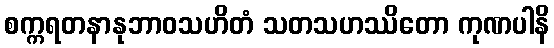
စက္ကရတနာနုဘာဝသဟိတံ သတသဟဿိတော ကုဏပါနိ